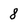
Character: 8